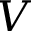
V